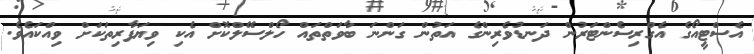
އެސްޓީއޯގެ އެގްރިސެންޓަރުން ދަނޑުވެރިންގެ އަތުން ގަންނަ ބާވަތްތައް ހޯލްސޭލްކޮށް އެކި ވިޔަފާރިތަކަށް ވިއްކައެވެ.